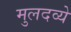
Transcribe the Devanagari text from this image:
मुलदव्ये